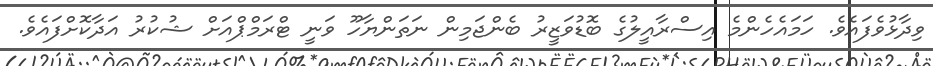
ވިދާޅުވެފައެވެ. ހަމައެހެންމެ އިސްރާއީލުގެ ބޮޑުވަޒީރު ބެންޖަމިން ނަތަންޔާހޫ ވަނީ ޓްރަމްޕްއަށް ޝުކުރު އަދާކޮށްފައެވެ.